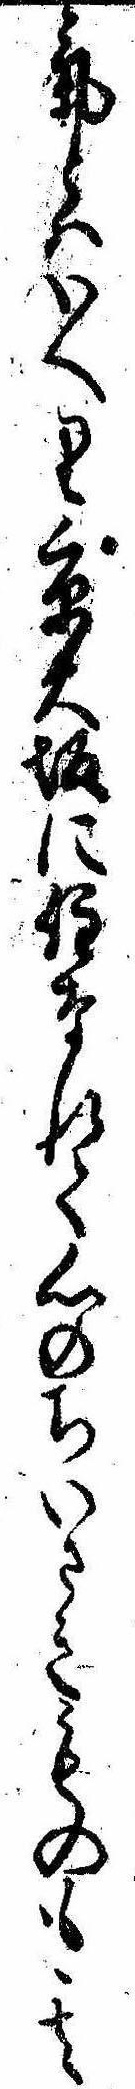
気とはいへり京大坂に住なれて心のちいさきものも其